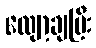
လျော့ချပြီး